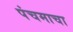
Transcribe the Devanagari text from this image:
पंचमाचा